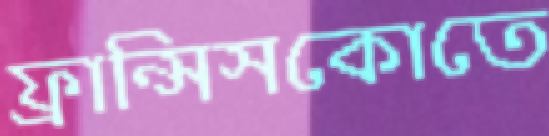
ফ্রান্সিসকোতে